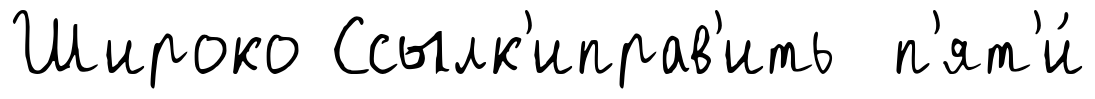
Широко Ссылк'иправ'ить п'ят'и́